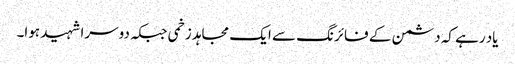
یاد رہے کہ دشمن کے فائرنگ سے ایک مجاہد زخمی جبکہ دوسرا شہید ہوا۔